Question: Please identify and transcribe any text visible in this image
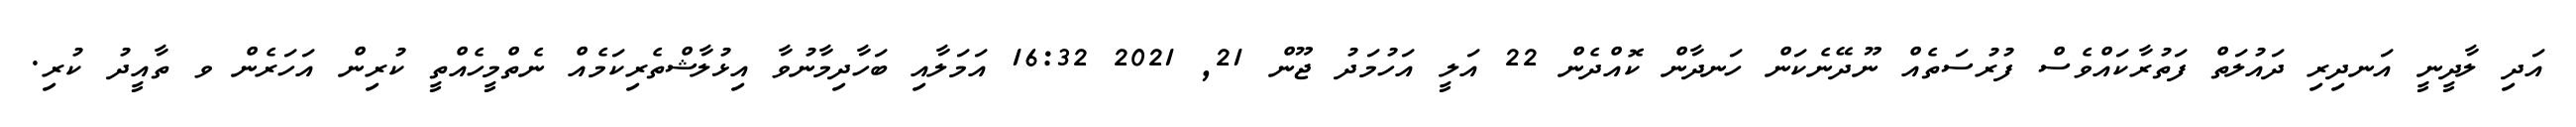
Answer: އަދި ލާދީނީ އަނދިރި ދައުލަތް ފަތުރާކައްވެސް ފުރުސަތެއް ނޫދޭނެކަން ހަނދާން ކޮއްދެން 22 އަލީ އަހުމަދު ޖޫން 21, 2021 16:32 އަމަލާއި ބަހާދިމާނުވާ އިޅުލާޝްތެރިކަމެއް ނެތްމީހެއްތީ ކުރިން އަހަރެން ވ ތާއީދު ކުރި.